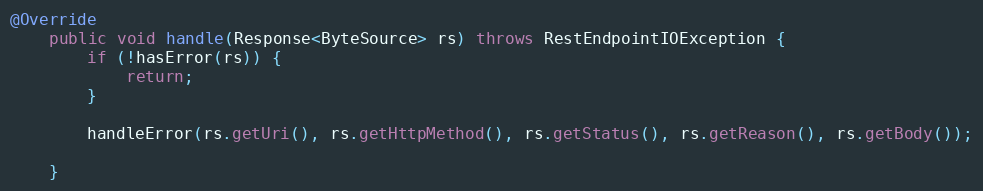
Language: Java
@Override
    public void handle(Response<ByteSource> rs) throws RestEndpointIOException {
        if (!hasError(rs)) {
            return;
        }

        handleError(rs.getUri(), rs.getHttpMethod(), rs.getStatus(), rs.getReason(), rs.getBody());

    }